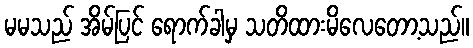
မမသည် အိမ်ပြင် ရောက်ခါမှ သတိထားမိလေတော့သည်။